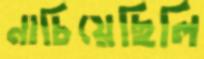
নাচিয়েছিলি